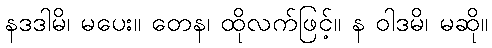
နဒဒါမိ၊ မပေး။ တေန၊ ထိုလက်ဖြင့်။ န ဝါဒမိ၊ မဆို။